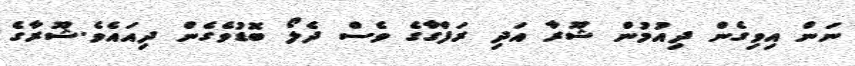
ނަން އިވިގެން ދިއުމުން ޝޫރާ އަދި ރަފްގާގެ ވެސް ދެލޯ ބޮޑުވެގެން ދިއައެވެ.ޝޫރާގެ